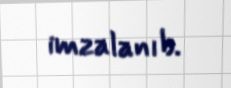
imzalanıb.